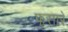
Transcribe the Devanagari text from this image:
फुसारे